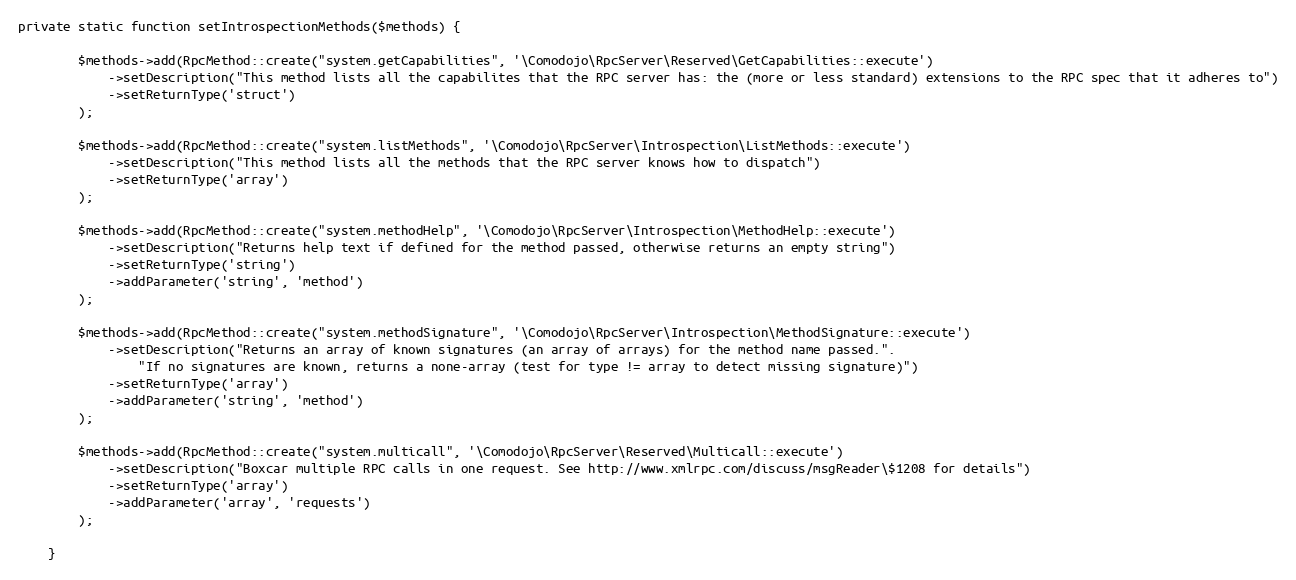
Language: PHP
private static function setIntrospectionMethods($methods) {

        $methods->add(RpcMethod::create("system.getCapabilities", '\Comodojo\RpcServer\Reserved\GetCapabilities::execute')
            ->setDescription("This method lists all the capabilites that the RPC server has: the (more or less standard) extensions to the RPC spec that it adheres to")
            ->setReturnType('struct')
        );

        $methods->add(RpcMethod::create("system.listMethods", '\Comodojo\RpcServer\Introspection\ListMethods::execute')
            ->setDescription("This method lists all the methods that the RPC server knows how to dispatch")
            ->setReturnType('array')
        );

        $methods->add(RpcMethod::create("system.methodHelp", '\Comodojo\RpcServer\Introspection\MethodHelp::execute')
            ->setDescription("Returns help text if defined for the method passed, otherwise returns an empty string")
            ->setReturnType('string')
            ->addParameter('string', 'method')
        );

        $methods->add(RpcMethod::create("system.methodSignature", '\Comodojo\RpcServer\Introspection\MethodSignature::execute')
            ->setDescription("Returns an array of known signatures (an array of arrays) for the method name passed.".
                "If no signatures are known, returns a none-array (test for type != array to detect missing signature)")
            ->setReturnType('array')
            ->addParameter('string', 'method')
        );

        $methods->add(RpcMethod::create("system.multicall", '\Comodojo\RpcServer\Reserved\Multicall::execute')
            ->setDescription("Boxcar multiple RPC calls in one request. See http://www.xmlrpc.com/discuss/msgReader\$1208 for details")
            ->setReturnType('array')
            ->addParameter('array', 'requests')
        );

    }